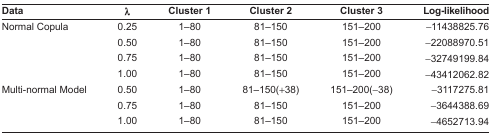
<table><thead><tr><td><b>Data</b></td><td><b>λ</b></td><td><b>Cluster 1</b></td><td><b>Cluster 2</b></td><td><b>Cluster 3</b></td><td><b>Log-likelihood</b></td></tr></thead><tbody><tr><td>Normal Copula</td><td>0.25</td><td>1–80</td><td>81–150</td><td>151–200</td><td>−11438825.76</td></tr><tr><td></td><td>0.50</td><td>1–80</td><td>81–150</td><td>151–200</td><td>−22088970.51</td></tr><tr><td></td><td>0.75</td><td>1–80</td><td>81–150</td><td>151–200</td><td>−32749199.84</td></tr><tr><td></td><td>1.00</td><td>1–80</td><td>81–150</td><td>151–200</td><td>−43412062.82</td></tr><tr><td>Multi-normal Model</td><td>0.50</td><td>1–80</td><td>81–150(+38)</td><td>151–200(−38)</td><td>−3117275.81</td></tr><tr><td></td><td>0.75</td><td>1–80</td><td>81–150</td><td>151–200</td><td>−3644388.69</td></tr><tr><td></td><td>1.00</td><td>1–80</td><td>81–150</td><td>151–200</td><td>−4652713.94</td></tr></tbody></table>